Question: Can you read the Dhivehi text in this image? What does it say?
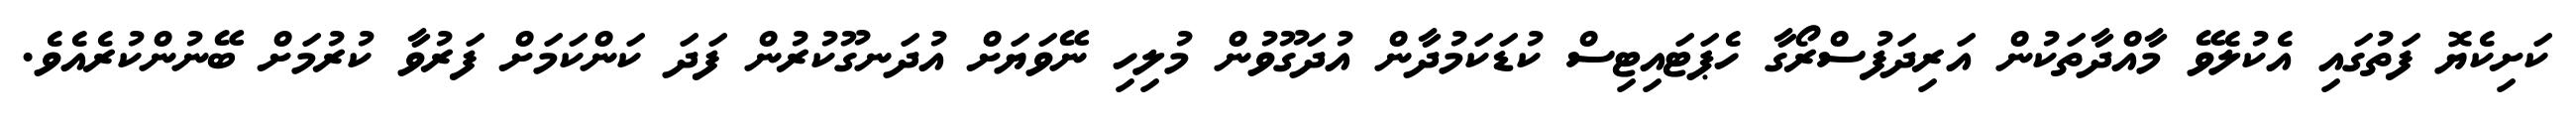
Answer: ކަށިކެޔޮ ފަތުގައި އެކުލެވޭ މާއްދާތަކުން އަރިދަފުސްރޯގާ ހެޕަޓައިޓިސް ކުޑަކަމުދާން އުދަގޫވުން މުލިހި ނޭވަޔަށް އުދަނގޫކުރުން ފަދަ ކަންކަމަށް ފަރުވާ ކުރުމަށް ބޭނުންކުރެއެވެ.